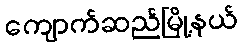
ကျောက်ဆည်မြို့နယ်